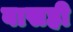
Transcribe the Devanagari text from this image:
वासही